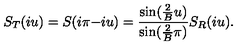
S _ { T } ( i u ) = S ( i \pi { - } i u ) = \frac { \sin ( \frac { 2 } { B } u ) } { \sin ( \frac { 2 } { B } \pi ) } S _ { R } ( i u ) .